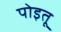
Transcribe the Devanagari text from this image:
पोइतू